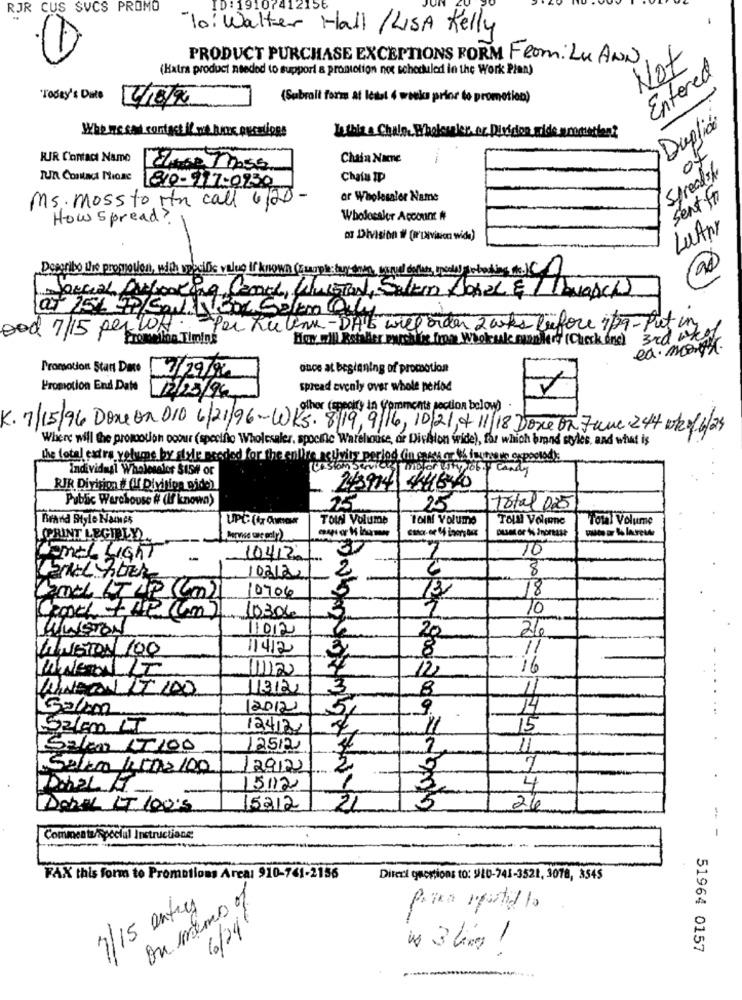
RJR CUS SVCS PROMO
ID : 191074
To:Walter Hall /LISA Kelly
PRODUCT PURCHASE EXCEPTIONS FORM From. Lu ANN
Not
(Hatra product needed to support a promotion not scheduled in the Work Plan)
Entered
"Today's Date
11/10/2
(Subrait form at least 4 week prior to promotion)
Duplico
Who ne said contact if we home presione
Le this a Chile. Whokugler or Dividono
of
RIR Contact Name
Chain Nacre
Spreadsh
Chata IP
FUR Contact Those 810-917-0730
Ms. moss to in call 6/20-
ar Wholesaler Name
sent for
How Spread ?
Wholocaler Account #
LuANY
Da Division if (or'Division wida)
Describe the promotion, with nociDe value is known (suppl dayanan, parul dollars spoola) perbushings me. I
Special AMlooking Panel, Unistan, Salta Donal & 1 Tasch
ood 7/15 per lof.
Per Ku lak -DHE will order 2 wks before it9 - Put in
Promedioa Timin's
Ho. I'll Betaler purehis from Whokuk mandlery (Check one)
3rd what.
ea. maga
once at beginning of promotion
Promotion Start Date 7/29/96
Promotion End Date
spread evenly over whole period
12/25/94
other (specify in Comments section below) .
K. 7/15/96 Done on 010 6/21/96-WKs. 819,9/16, 10/21,4 11/18 Done on June 244 wko/ 6/23
Where will the promotion ooour (specific Wholesaler, spoeine Warehouse, or Division wide), får which bond styles, and what is
the total cadre yolume by style needed for the enlire açuvity period (inengus or % inutons expostod):
Individual Wholeselor St5# or
(istom Service
Candy
RIR Division # (If Division gide)
243974 444640
Public Warehouse # (If knowa)
75
25
total 025
Brand Style Names
UPC (4 Amor
TOW Volume
ToIN Volume
TOUN VolIne
Total Volume
DuMor % Increase
PRINT LEGIBLY
Mervive we caly
10
ComeL LIGHT
-
10412
2
8
03/2
-
18
Canal IT UP (Cm)
10706
13
10
10306
11012
26
20
VINGTON 100
11412
8
11120
16
12
11312
3
8
11
....
Salam
12012
5,
9
14
...
5200 LI
12412,
4
11
15
Salam LT100
4
2
Selim Kina 100
129122
7
15/12
4
Doba IT 100's
15212
21
5
26
Commentz/special Instructions;
-
FAX this form to Promotions Arcal 910-741-2156
Direct questions to: 910-745-3521, 3078, 3545
Ou même of
7/15 entry
6/24/
51964 0157